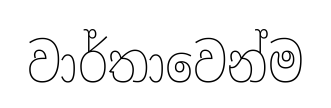
වාර්තාවෙන්ම